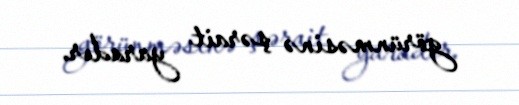
görünməsinə şərait yaradır.